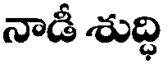
నాడీ శుద్ధి